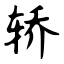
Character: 轿